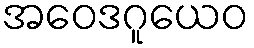
အဝေဒဂူယေဝ